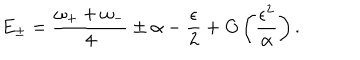
E _ { \pm } = { \frac { \omega _ { + } + \omega _ { - } } { 4 } } \pm \alpha - { \frac { \epsilon } { 2 } } + O \left( { \frac { \epsilon ^ { 2 } } { \alpha } } \right) .